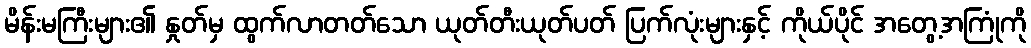
မိန်းမကြီးများ၏ နှုတ်မှ ထွက်လာတတ်သော ယုတ်တီးယုတ်ပတ် ပြက်လုံးများနှင့် ကိုယ်ပိုင် အတွေ့အကြုံကို